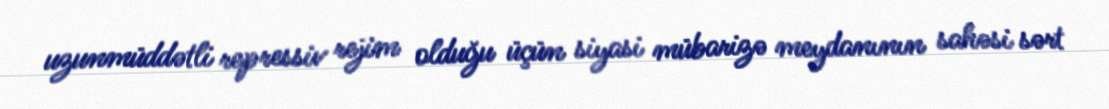
uzunmüddətli repressiv rejim olduğu üçün siyasi mübarizə meydanının sahəsi sərt